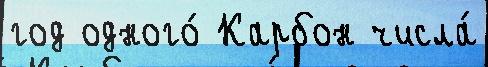
год одного́ Карбон числа́